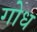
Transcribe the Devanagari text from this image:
गोध